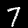
Digit: 7